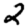
Digit: 2